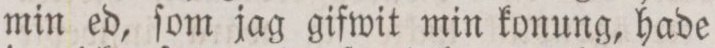
min ed, ſom jag gifwit min konung, hade